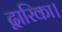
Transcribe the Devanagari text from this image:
द्वारिका।